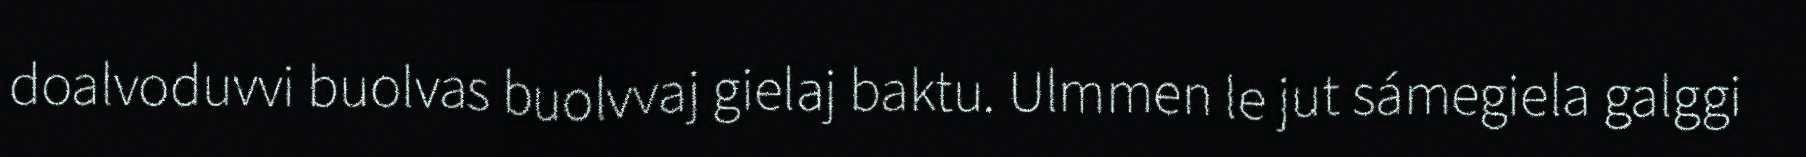
doalvoduvvi buolvas buolvvaj gielaj baktu. Ulmmen le jut sámegiela galggi